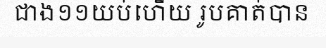
ជាង១១យប់ហើយ រូបគាត់បាន